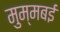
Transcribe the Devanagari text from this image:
मुम्मबई